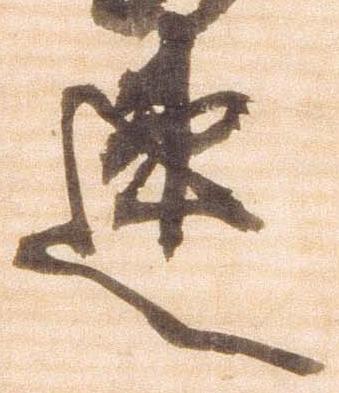
速